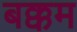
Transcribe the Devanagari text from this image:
बक्कम